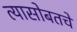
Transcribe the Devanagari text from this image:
त्यासोबतचे